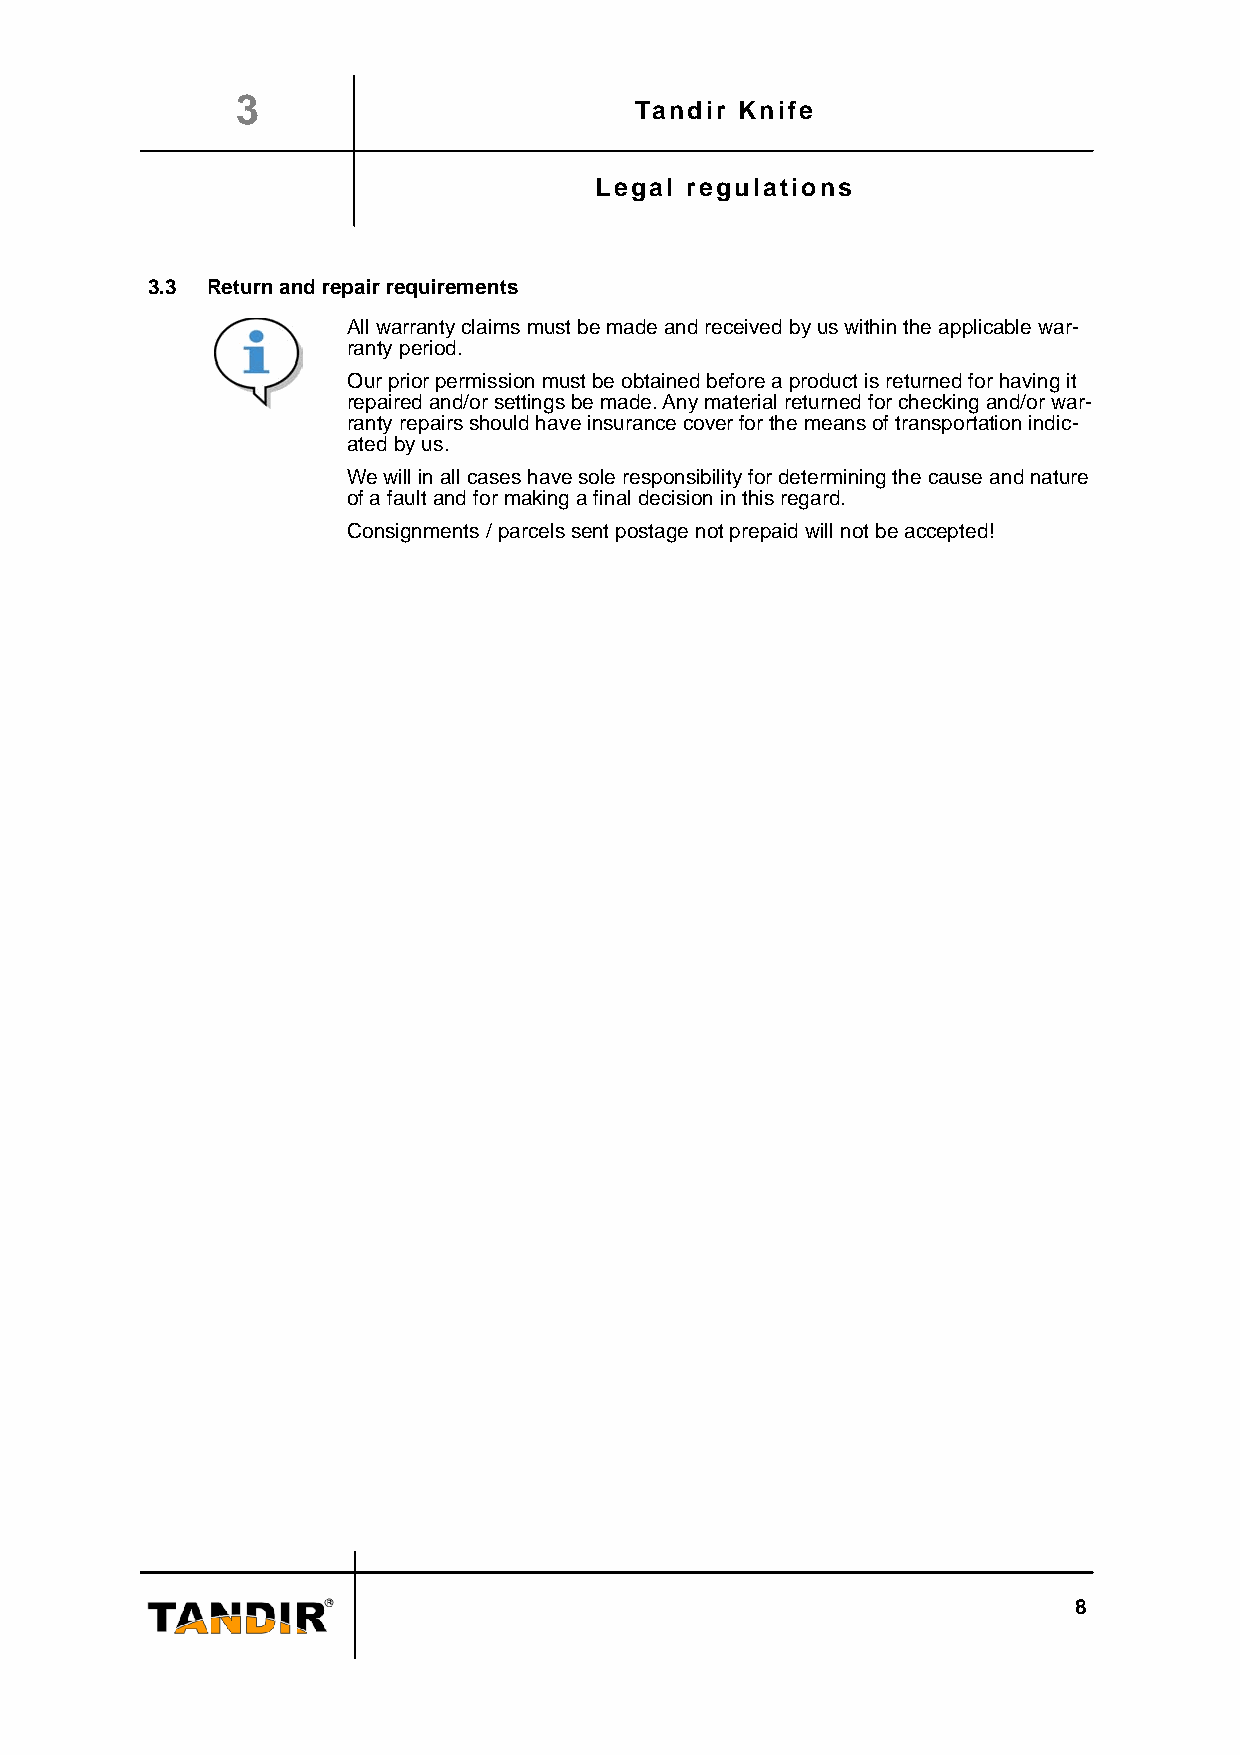
3
 Tandir Knife
 Legal regulations
 3.3 Return and repair requirements
 All warranty claims must be made and received by us within the applicable war-
 ranty period.
 Our prior permission must be obtained before a product is returned for having it
 repaired and/or settings be made. Any material returned for checking and/or war-
 ranty repairs should have insurance cover for the means of transportation indic-
 ated by us.
 We will in all cases have sole responsibility for determining the cause and nature
 of a fault and for making a final decision in this regard.
 Consignments / parcels sent postage not prepaid will not be accepted!
 8